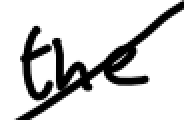
Text: the
Cross-out: diagonal
Writing tool: digital_black